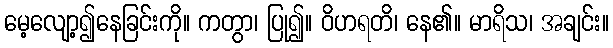
မေ့လျော့၍နေခြင်းကို။ ကတွာ၊ ပြု၍။ ဝိဟရတိ၊ နေ၏။ မာရိသ၊ အချင်း။